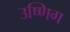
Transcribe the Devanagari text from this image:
उष्णिग